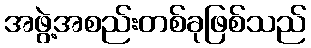
အဖွဲ့အစည်းတစ်ခုဖြစ်သည်